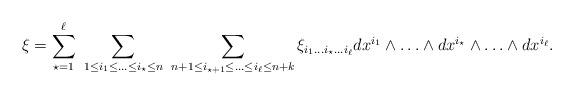
LaTeX: \begin{align*}\xi = \sum_{\star =1}^\ell \,\, \sum_{1 \leq i_1 \leq \ldots \leq i_\star \leq n}\,\,\sum_{n+1 \leq i_{\star+1} \leq \ldots \leq i_\ell \leq n+k} \xi_{i_1 \ldots i_\star \ldots i_\ell}dx^{i_1} \wedge \ldots \wedge dx^{i_\star}\wedge \ldots \wedge dx^{i_\ell}.\end{align*}